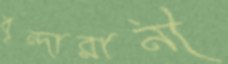
বৃন্দারানী